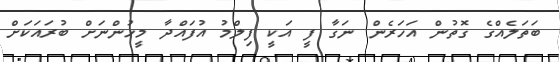
ބަތަލެއްގެ ގޮތުން އަހަރެން ނަގާ ފީ އަކީ ފިލްމު އުފައްދާ މީހުންނަށް ބުރައަކަށް